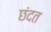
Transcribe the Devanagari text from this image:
छंदत